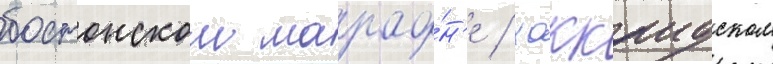
бостонском марафо́н'е / хоккаидском